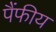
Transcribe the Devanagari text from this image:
पैंफीय